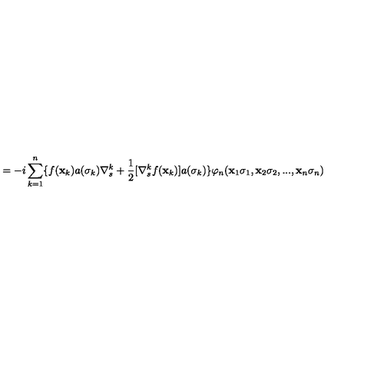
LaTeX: = - i \sum _ { k = 1 } ^ { n } \{ f ( { \bf { x } } _ { k } ) a ( \sigma _ { k } ) \nabla _ { s } ^ { k } + \frac { 1 } { 2 } [ \nabla _ { s } ^ { k } f ( { \bf { x } } _ { k } ) ] a ( \sigma _ { k } ) \} \varphi _ { n } ( { \bf { x } } _ { 1 } \sigma _ { 1 } , { \bf { x } } _ { 2 } \sigma _ { 2 } , . . . , { \bf { x } } _ { n } \sigma _ { n } )